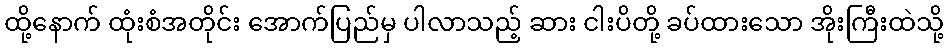
ထို့နောက် ထုံးစံအတိုင်း အောက်ပြည်မှ ပါလာသည့် ဆား ငါးပိတို့ ခပ်ထားသော အိုးကြီးထဲသို့